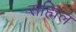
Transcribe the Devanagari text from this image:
सह्मिल